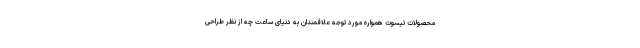
محصولات تیسوت همواره مورد توجه علاقمندان به دنیای ساعت چه از نظر طراحی